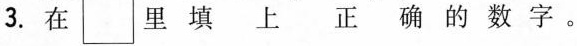
3. 在 \Box 里 填 上 正 确 的 数 字 。